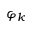
\varphi _ { k }